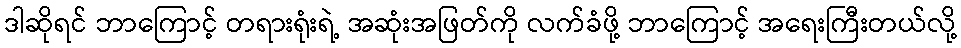
ဒါဆိုရင် ဘာကြောင့် တရားရုံးရဲ့ အဆုံးအဖြတ်ကို လက်ခံဖို့ ဘာကြောင့် အရေးကြီးတယ်လို့